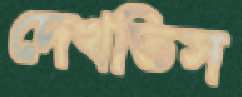
দেখতিস